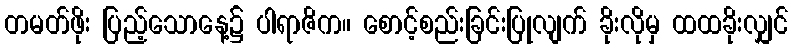
တမတ်ဖိုး ပြည့်သောနေ့၌ ပါရာဇိက။ စောင့်စည်းခြင်းပြုလျက် ခိုးလိုမှ ထထခိုးလျှင်